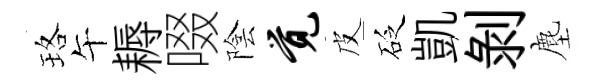
珞午耨啜陰觉皮砭凱剥塵